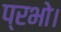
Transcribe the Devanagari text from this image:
प्रभो।